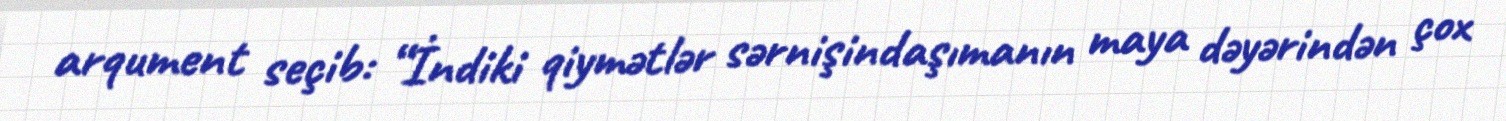
arqument seçib: “İndiki qiymətlər sərnişindaşımanın maya dəyərindən çox